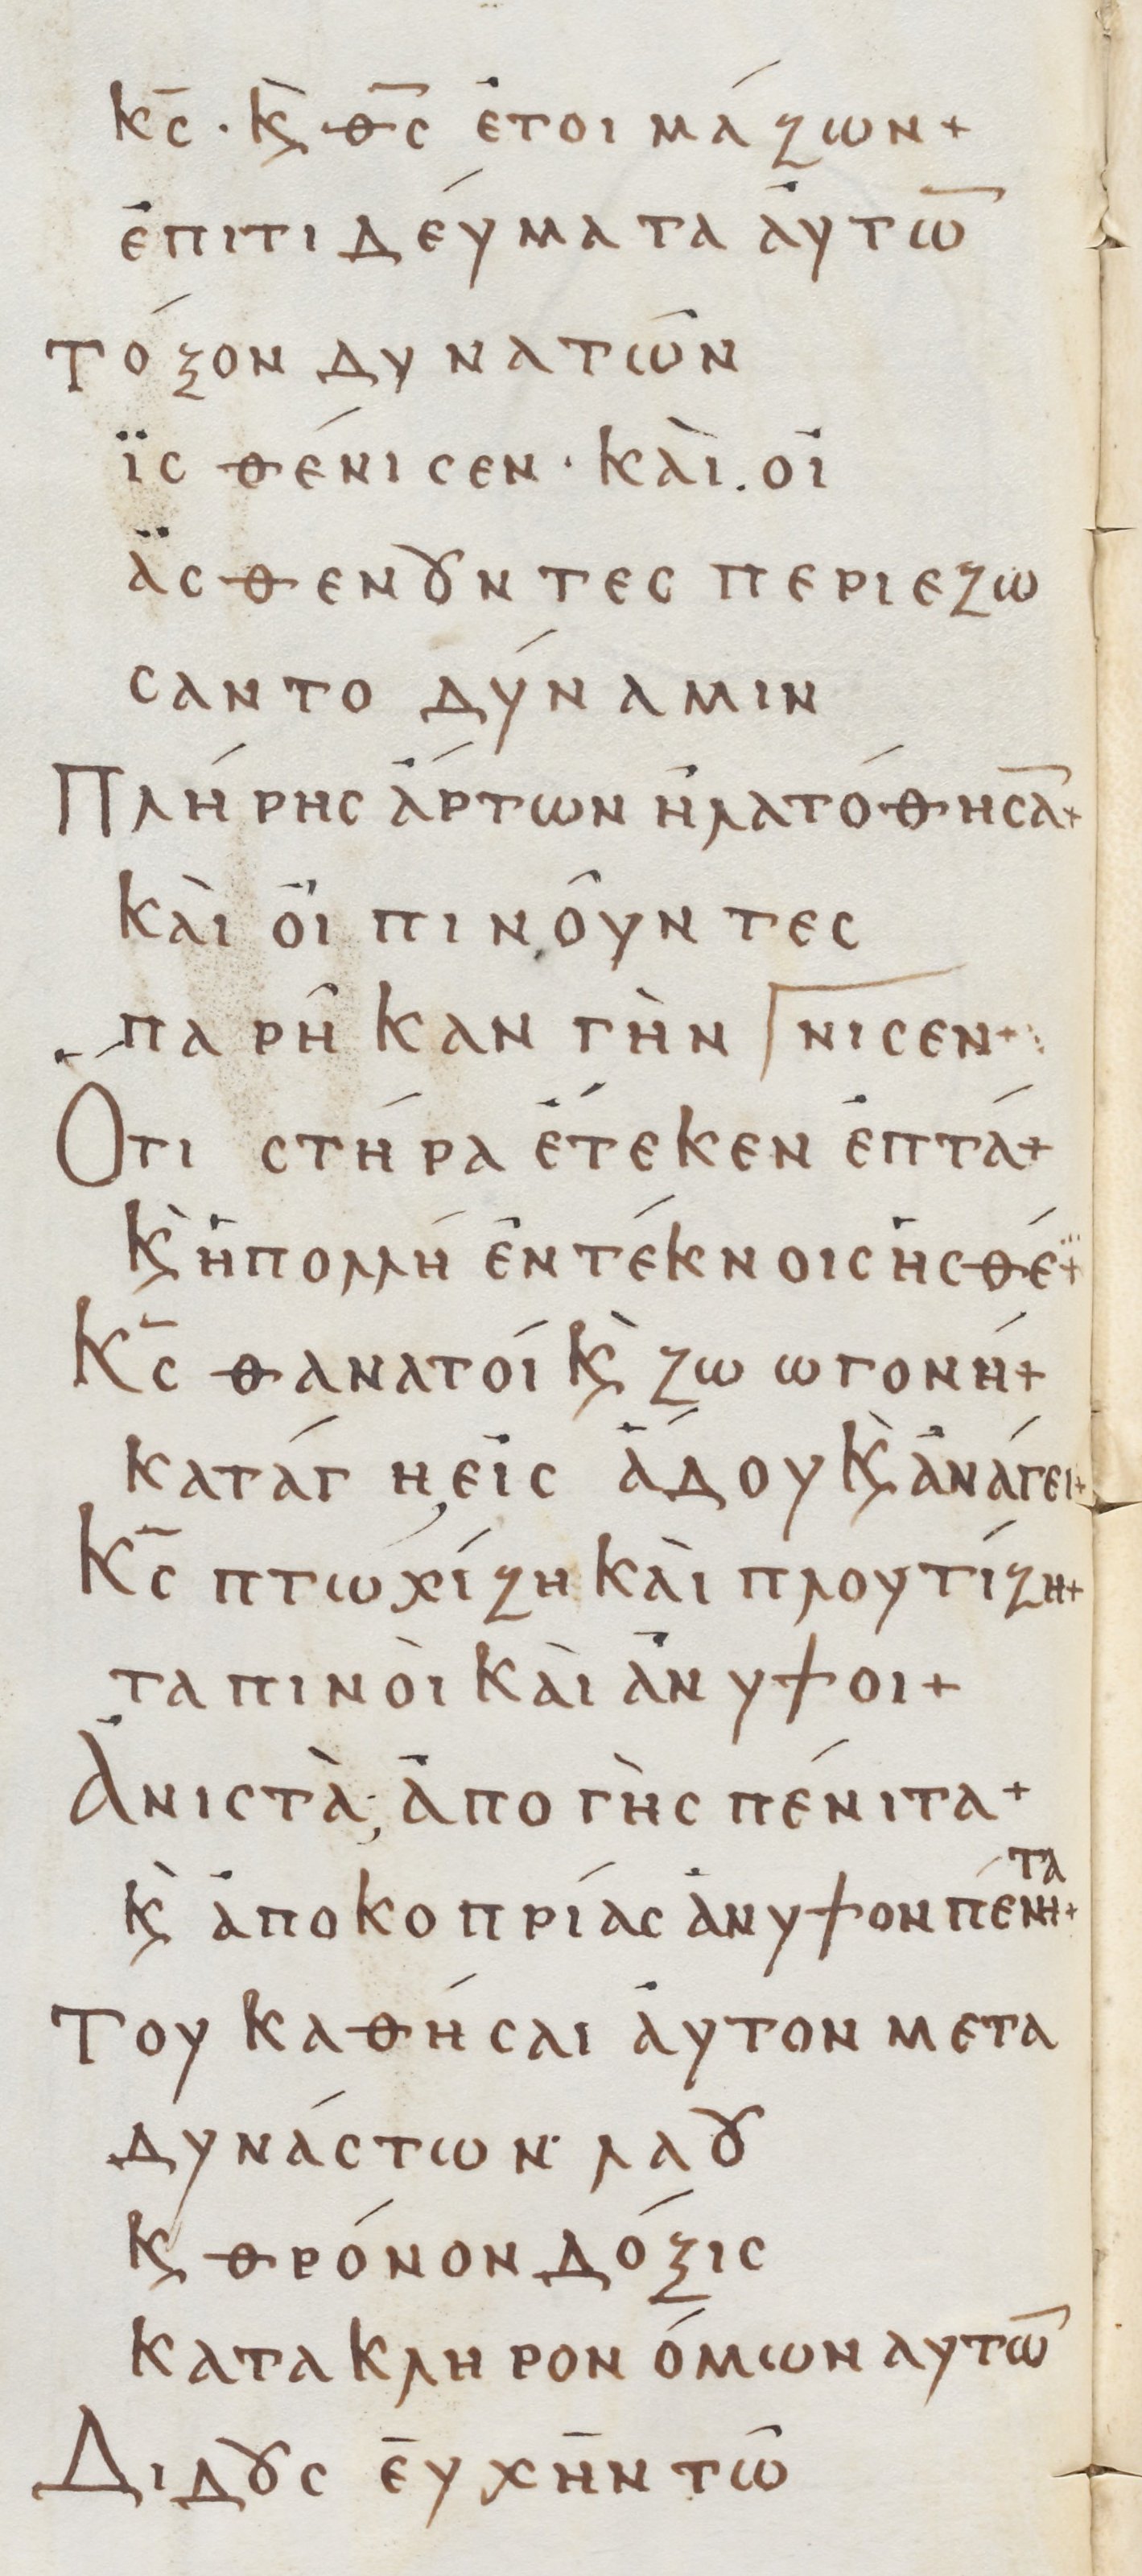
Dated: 800–999